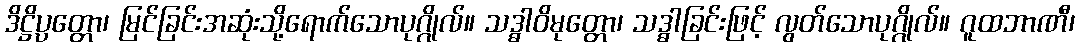
ဒိဋ္ဌိပ္ပတ္တော၊ မြင်ခြင်းအဆုံးသို့ရောက်သောပုဂ္ဂိုလ်။ သဒ္ဓါဝိမုတ္တော၊ သဒ္ဓါခြင်းဖြင့် လွတ်သောပုဂ္ဂိုလ်။ ဂူထဘာဏီ၊